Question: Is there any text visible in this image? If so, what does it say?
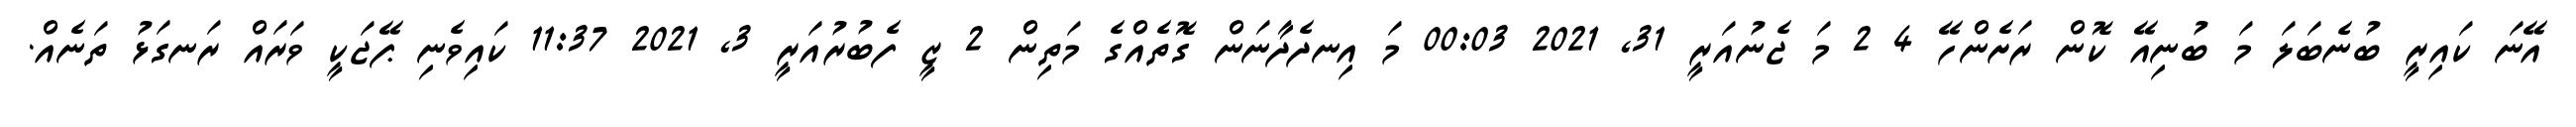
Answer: އޭނަ ކައިރީ ބުނެބަލަ މަ ބުނިއޭ ކޮން ރަށެންހޭ 4 2 މަ ޖެނުއަރީ 31, 2021 00:03 މަ އިނދެދާނަން ގޮތެއްގެ މަތިން 2 ޒީ ފެބުރުއަރީ 3, 2021 11:37 ކައިވެނި ޕޭޖަކީ ވަރައް ރަނގަޅު ތަނެއް.